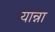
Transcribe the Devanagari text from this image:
यान्ना